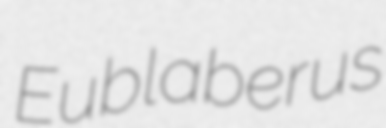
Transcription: Eublaberus